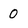
Character: O